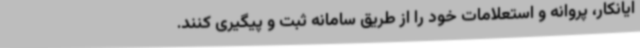
ایانکار، پروانه و استعلامات خود را از طریق سامانه ثبت و پیگیری کنند.